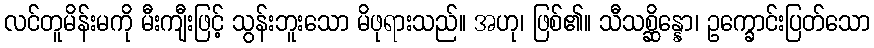
လင်တူမိန်းမကို မီးကျီးဖြင့် သွန်းဘူးသော မိဖုရားသည်။ အဟု၊ ဖြစ်၏။ သီသစ္ဆိန္နော၊ ဥက္ခောင်းပြတ်သော